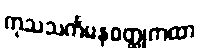
ကုသသင်္ကမနဝတ္ထုကထာ